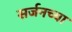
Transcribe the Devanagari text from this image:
सर्जनच्या